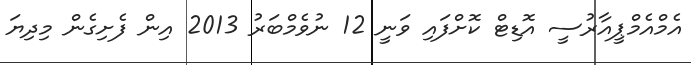
އެމްއެމްޕީއާރުސީ އޮޑިޓް ކޮށްފައި ވަނީ 12 ނުވެމްބަރު 2013 އިން ފެށިގެން މިދިޔަ